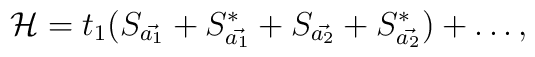
{\cal H} = t_1 (S_{\vec{a_1}} + S_{\vec{a_1}}^* + S_{\vec{a_2}} +S_{\vec{a_2}}^* ) + \ldots,